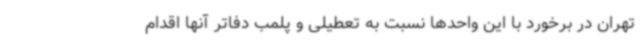
تهران در برخورد با این واحدها نسبت به تعطیلی و پلمب دفاتر آنها اقدام